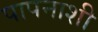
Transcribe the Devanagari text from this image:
पापनाशी